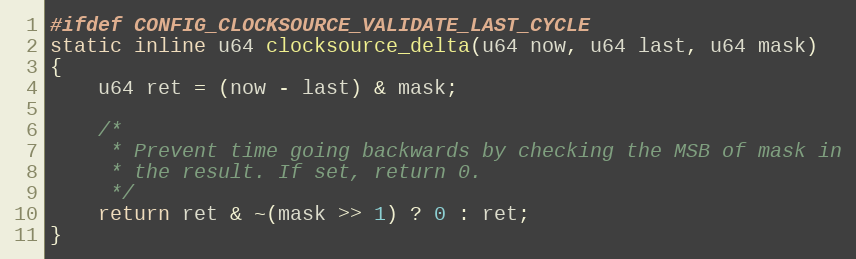
Language: C
#ifdef CONFIG_CLOCKSOURCE_VALIDATE_LAST_CYCLE
static inline u64 clocksource_delta(u64 now, u64 last, u64 mask)
{
	u64 ret = (now - last) & mask;

	/*
	 * Prevent time going backwards by checking the MSB of mask in
	 * the result. If set, return 0.
	 */
	return ret & ~(mask >> 1) ? 0 : ret;
}